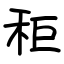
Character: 秬